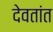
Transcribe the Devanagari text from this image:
देवतांत